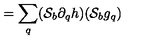
= \sum _ { q } ( { \cal S } _ { b } \partial _ { q } h ) ( { \cal S } _ { b } g _ { q } )